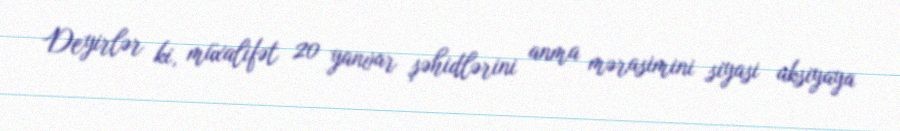
Deyirlər ki, müxalifət 20 yanvar şəhidlərini anma mərasimini siyasi aksiyaya